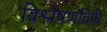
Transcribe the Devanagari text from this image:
विश्लेषणविधि